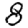
Digit: 8